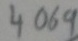
Text: 4069